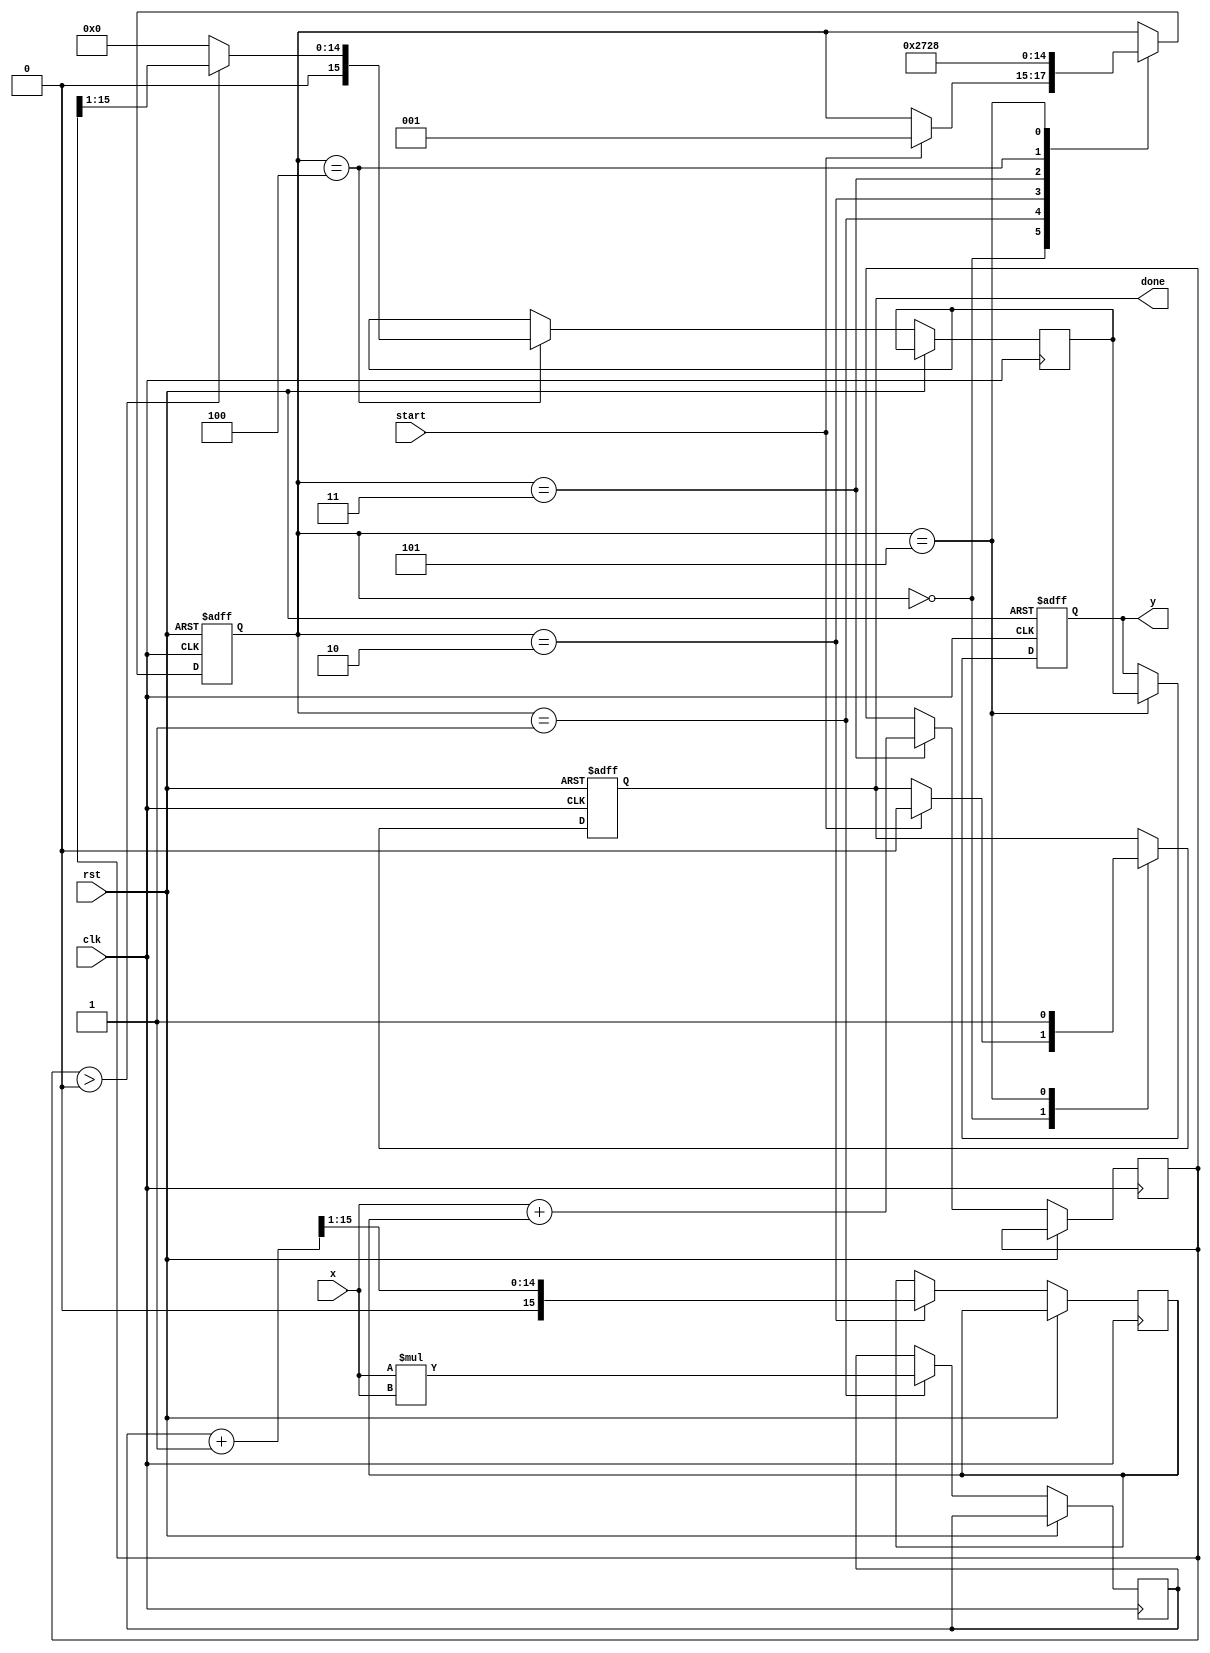
module asinh (
    input wire [15:0] x, // Fixed-point input (e.g., 16-bit)
    output reg [15:0] y, // Fixed-point output (e.g., 16-bit)
    input wire clk,
    input wire rst,
    input wire start,
    output reg done
);

    reg [15:0] x_squared;
    reg [15:0] sqrt_result;
    reg [15:0] add_result;
    reg [15:0] log_result;
    reg [2:0] state;

    localparam IDLE       = 3'b000,
               SQUARE     = 3'b001,
               SQRT       = 3'b010,
               ADD        = 3'b011,
               LOG        = 3'b100,
               OUTPUT     = 3'b101;

    // Simple square calculation
    always @(posedge clk or posedge rst) begin
        if (rst) begin
            state <= IDLE;
            done <= 0;
            y <= 0;
        end else begin
            case (state)
                IDLE: begin
                    if (start) begin
                        state <= SQUARE;
                        done <= 0;
                    end
                end

                SQUARE: begin
                    x_squared <= x * x; // x^2
                    state <= SQRT;
                end

                SQRT: begin
                    // Simple square root approximation (replace with actual implementation)
                    sqrt_result <= (x_squared + 16'h0001) >> 1; // sqrt(x^2 + 1) approximation
                    state <= ADD;
                end

                ADD: begin
                    add_result <= x + sqrt_result; // x + sqrt(x^2 + 1)
                    state <= LOG;
                end

                LOG: begin
                    // Simple logarithm approximation (replace with actual implementation)
                    log_result <= (add_result > 16'h0000) ? (add_result >> 1) : 16'h0000; // ln(x + sqrt(x^2 + 1)) approximation
                    state <= OUTPUT;
                end

                OUTPUT: begin
                    y <= log_result; // Output the result
                    done <= 1;       // Indicate that processing is done
                    state <= IDLE;   // Go back to idle
                end
            endcase
        end
    end
endmodule